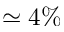
\simeq 4 \%